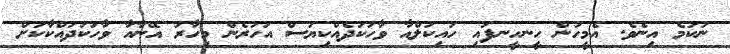
ނުކުމެ އިނެވެ. އެމީހުން ހީނހީނފައި ހައިކަލްއާ ވާހަކަދެއްކިޔަސް އަހަރެން މިހާރު އޭނާއާ ވާހަކަދައްކާކަށް